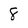
Character: 8